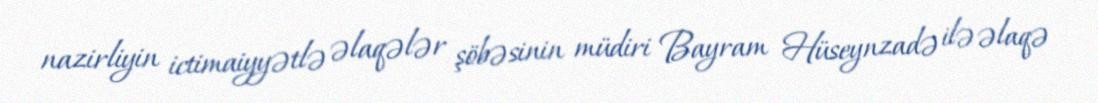
nazirliyin ictimaiyyətlə əlaqələr şöbəsinin müdiri Bayram Hüseynzadə ilə əlaqə